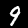
Label: 9